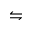
\leftrightharpoons